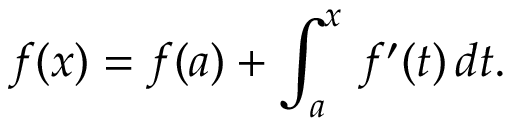
f ( x ) = f ( a ) + \int _ { a } ^ { x } \, f ^ { \prime } ( t ) \, d t .